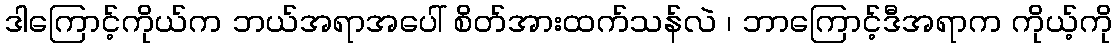
ဒါကြောင့်ကိုယ်က ဘယ်အရာအပေါ် စိတ်အားထက်သန်လဲ ၊ ဘာကြောင့်ဒီအရာက ကိုယ့်ကို